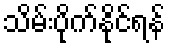
သိမ်းပိုက်နိုင်ရန်